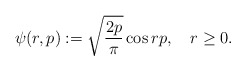
\begin{align*}\psi(r,p) := \sqrt{\frac{2p}{\pi}}\cos rp,\quad r \geq 0.\end{align*}